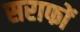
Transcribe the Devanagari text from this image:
सराफों